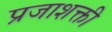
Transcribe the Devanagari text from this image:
प्रजाशक्ती